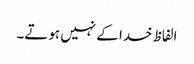
الفاظ خدا کے نہیں ہوتے۔